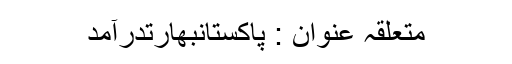
متعلقہ عنوان : پاکستانبھارتدرآمد